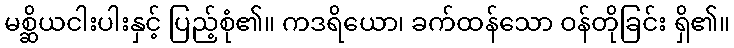
မစ္ဆိယငါးပါးနှင့် ပြည့်စုံ၏။ ကဒရိယော၊ ခက်ထန်သော ဝန်တိုခြင်း ရှိ၏။